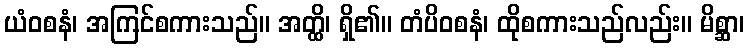
ယံဝစနံ၊ အကြင်စကားသည်။ အတ္ထိ၊ ရှိ၏။ တံပိဝစနံ၊ ထိုစကားသည်လည်း။ မိစ္ဆာ၊